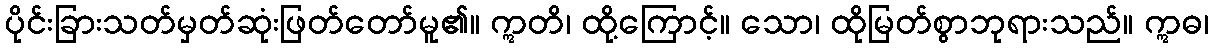
ပိုင်းခြားသတ်မှတ်ဆုံးဖြတ်တော်မူ၏။ ဣတိ၊ ထို့ကြောင့်။ သော၊ ထိုမြတ်စွာဘုရားသည်။ ဣဓ၊